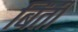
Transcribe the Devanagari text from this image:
बिंती